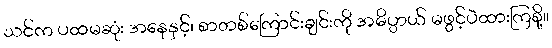
သင်က ပထမဆုံး အနေနှင့်၊ စာတစ်ကြောင်းချင်းကို အဓိပ္ပာယ် မဖွင့်ပဲထားကြစို့။